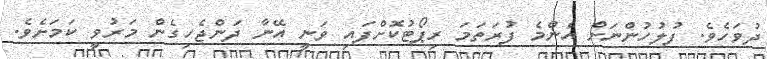
ދުވަހެވެ. ފުލުހުންނަށް އެންމެ ފުރަތަމަ ރިޕޯޓުކޮށްފައި ވަނީ އޭނާ ދަންޖެހިގެން މަރުވީ ކަމަށެވެ.